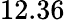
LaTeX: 12.36